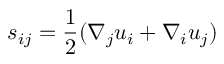
s _ { i j } = \frac { 1 } { 2 } ( \nabla _ { j } u _ { i } + \nabla _ { i } u _ { j } )